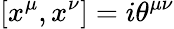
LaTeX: [x^{\mu},x^{\nu}]=i\theta^{\mu\nu}